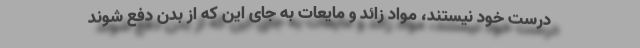
درست خود نیستند، مواد زائد و مایعات به جای این که از بدن دفع شوند